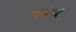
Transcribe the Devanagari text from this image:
प्रबंध्